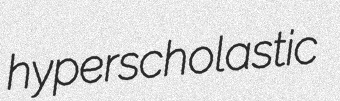
hyperscholastic